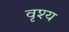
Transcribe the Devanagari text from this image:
वृश्य